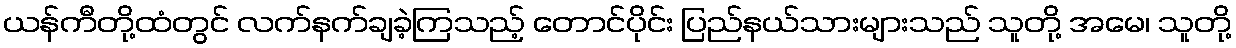
ယန်ကီတို့ထံတွင် လက်နက်ချခဲ့ကြသည့် တောင်ပိုင်း ပြည်နယ်သားများသည် သူတို့ အမေ၊ သူတို့